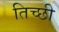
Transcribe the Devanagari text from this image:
तिच्छी